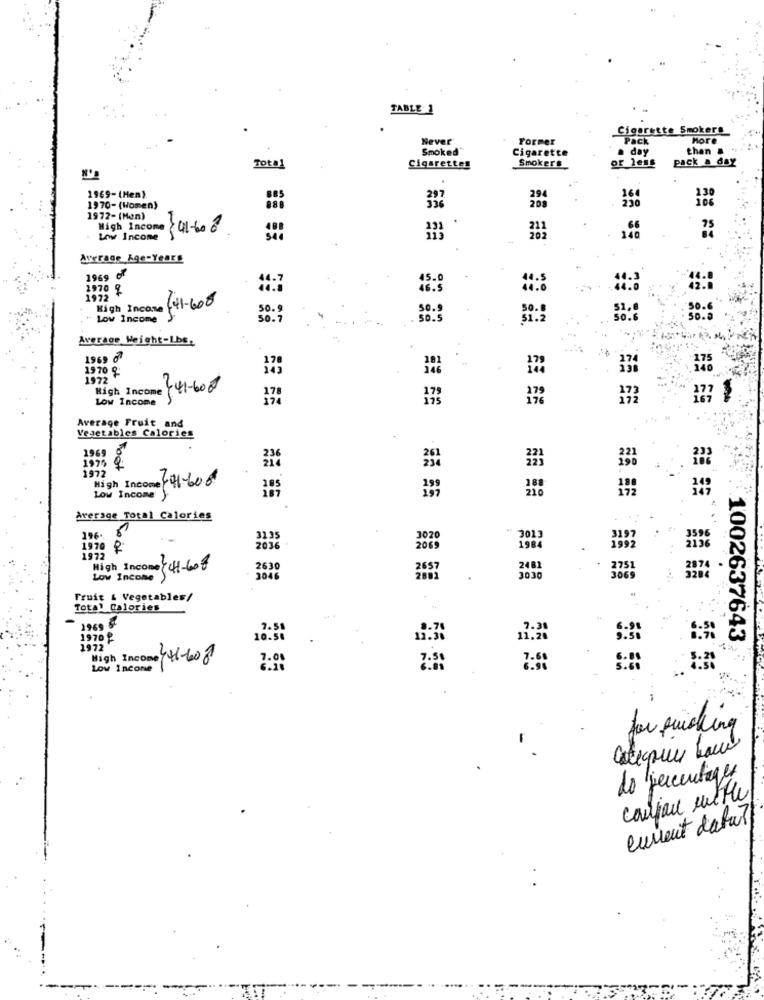
TABLE 1
Cigarette Smokers
Never
Former
Pack
More
Smoked
Cigarette
a day
than &
Smokers
or less
pack a day
Total
Cigarettes
1969-(Hen).
297
1970-(Women)
888
336
1972-(Man)
High Income
75
Low Income
Average Age-Years
1969 6
1970 %
1972
High Income
(41-608
30 .
Low Income
50.5
Average Weight-Lbs.
1969 6
1970
1972
High Income
241-600
Low Income
179
Average Fruit and
Veaetables Calories
1969
979
236
1972
High Income
741-606
Low Income
Average Total Calories
196-
3135
3013
3197
1970
206
1984
1992
2136
1972
High Income CH-608
2630
2482
Low Income
3030
Fruit & Vegetables/
Total Calories
1969 &
7.51
1970
10.50
11.20
1002637643
1972
High Income 141-608
7.61
Low Income
for picking
Cateque hace
do percentages
coupon mille
current data7